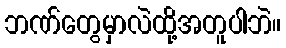
ဘဏ်တွေမှာလဲထို့အတူပါဘဲ။